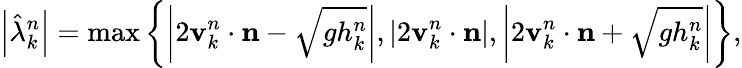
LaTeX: \left|\hat{\lambda}_{k}^{n}\right|=\operatorname*{max}\left\lbrace\left|2\mathbf{v}_{k}^{n}\cdot\mathbf{n}-\sqrt{gh_{k}^{n}}\right|,\left|2\mathbf{v}_{k}^{n}\cdot\mathbf{n}\right|,\left|2\mathbf{v}_{k}^{n}\cdot\mathbf{n}+\sqrt{gh_{k}^{n}}\right|\right\rbrace,